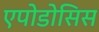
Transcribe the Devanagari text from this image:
एपोडोसिस